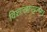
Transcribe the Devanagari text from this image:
विशाखापट्टनम।